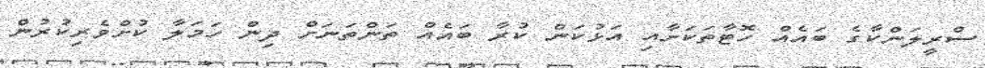
ސްރީލަންކާގެ ބައެއް ހޮޓާތަކަށާއި އަޅުކަން ކުރާ ބައެއް ތަންތަނަށް ދިން ހަމަލާ ކުށްވެރިކުރުން